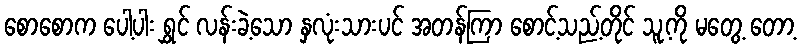
စောစောက ပေါ့ပါး ရွှင် လန်းခဲ့သော နှလုံးသားပင် အတန်ကြာ စောင့်သည့်တိုင် သူ့ကို မတွေ့ တော့